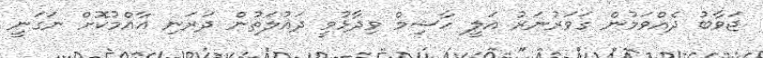
ޖަވާބު ދެއްވަމުން ގަވަރުނަރު އަލީ ހާޝިމް ވިދާޅުވީ ދައުލަތުން ދަރަނި އާއްމުކޮށް ނަގަނީ